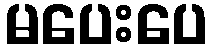
မပေးပေ